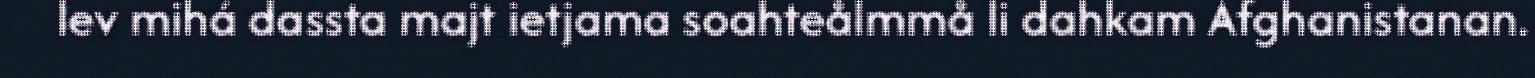
lev mihá dassta majt ietjama soahteålmmå li dahkam Afghanistanan.